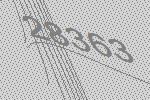
28363